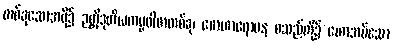
တစ်ခုသောအဖို့၌ ဉတ္တိဒုတိယကမ္မဝါစာတစ်ခု၊ မောဟာရောပန စသည်တို့၌ ဟောအပ်သော